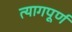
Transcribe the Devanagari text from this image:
त्यागपूर्ण